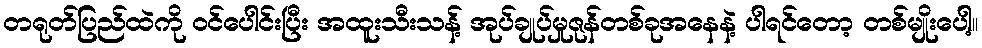
တရုတ်ပြည်ထဲကို ဝင်ပေါင်းပြီး အထူးသီးသန့် အုပ်ချုပ်မှုဇုန်တစ်ခုအနေနဲ့ ပါရင်တော့ တစ်မျိုးပေါ့။